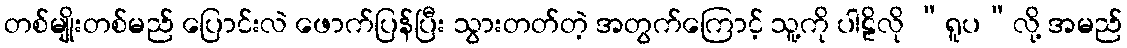
တစ်မျိုးတစ်မည် ပြောင်းလဲ ဖောက်ပြန်ပြီး သွားတတ်တဲ့ အတွက်ကြောင့် သူ့ကို ပါဠိလို “ရူပ”လို့ အမည်